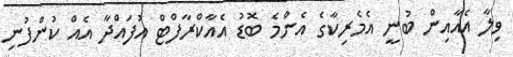
ވިލާ އެއާއިން ބުނީ އެމެރިކާގެ އެންމެ ބޮޑު އެއާކްރާފްޓް އުފައްދާ އެއް ކުންފުނި